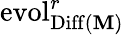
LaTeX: \operatorname{evol}_{\operatorname{Diff}(\mathbf{M})}^{r}